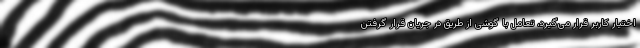
اختیار کاربر قرار می‌گیرد، تعامل با گوشی از طریق در جریان قرار گرفتن